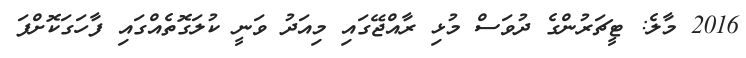
2016 މާލެ: ޓީޗަރުންގެ ދުވަސް މުޅި ރާއްޖޭގައި މިއަދު ވަނީ ކުލަގޮތެއްގައި ފާހަގަކޮށްފަ